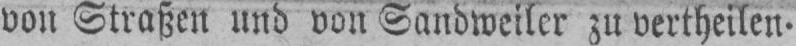
von Straßen und von Sandweiler zu vertheilen.